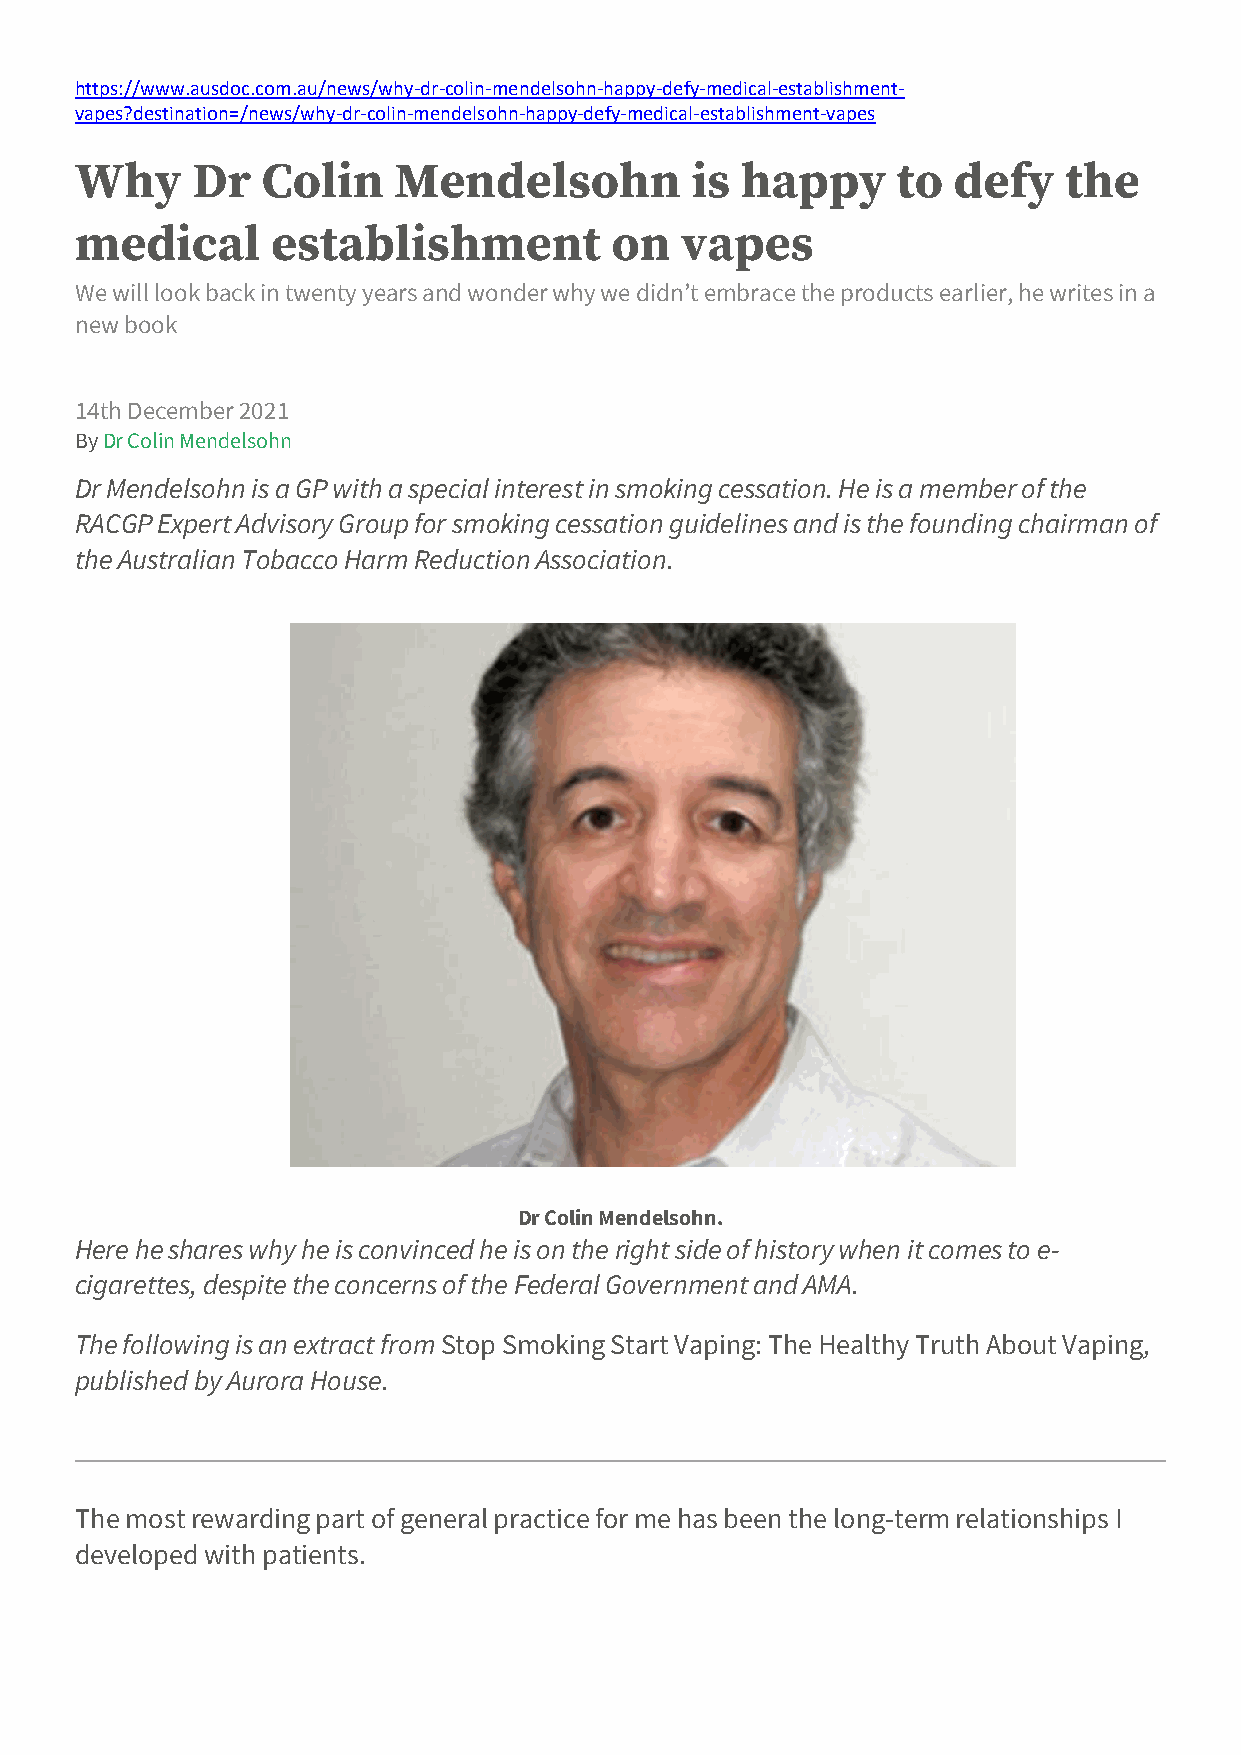
https://www.ausdoc.com.au/news/why-dr-colin-mendelsohn-happy-defy-medical-establishment-
 vapes?destination=/news/why-dr-colin-mendelsohn-happy-defy-medical-establishment-vapes
 Why     Dr  Colin    Mendelsohn          is happy     to  defy   the
 medical      establishment         on   vapes
 We will look back in twenty years and wonder why we didn’t embrace the products earlier, he writes in a
 new book
 14th December 2021
 By Dr Colin Mendelsohn
 Dr Mendelsohn is a GP with a special interest in smoking cessation. He is a member of the
 RACGP Expert Advisory Group for smoking cessation guidelines and is the founding chairman of
 the Australian Tobacco Harm Reduction Association.
 Dr Colin Mendelsohn.
 Here he shares why he is convinced he is on the right side of history when it comes to e-
 cigarettes, despite the concerns of the Federal Government and AMA.
 The following is an extract from Stop Smoking Start Vaping: The Healthy Truth About Vaping,
 published by Aurora House.
 The most rewarding part of general practice for me has been the long-term relationships I
 developed with patients.